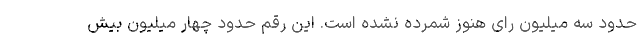
حدود سه میلیون رای هنوز شمرده نشده است. این رقم حدود چهار میلیون بیش